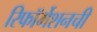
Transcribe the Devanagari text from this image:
रिफॉर्मेशनची